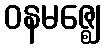
ဝနမဇ္ဈေ